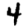
Digit: 4